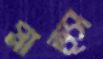
গ্লাভ্স